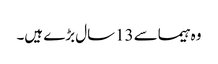
وہ ہیماسے 13سال بڑے ہیں۔